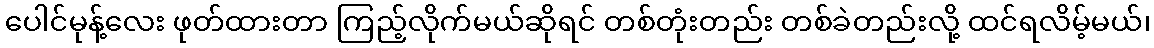
ပေါင်မုန့်လေး ဖုတ်ထားတာ ကြည့်လိုက်မယ်ဆိုရင် တစ်တုံးတည်း တစ်ခဲတည်းလို့ ထင်ရလိမ့်မယ်၊